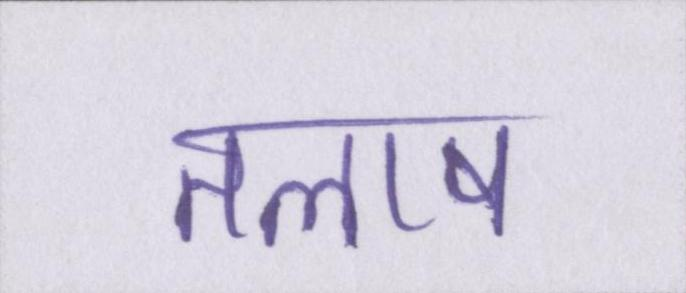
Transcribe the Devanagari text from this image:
तलाष